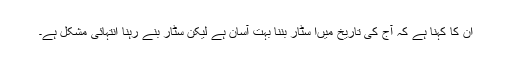
ان کا کہنا ہے کہ آج کی تاریخ میںا سٹار بننا بہت آسان ہے لیکن سٹار بنے رہنا انتہائی مشکل ہے۔